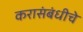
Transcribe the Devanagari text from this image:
करासंबंधीचे